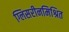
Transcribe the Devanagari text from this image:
ग्लिसरीनमिश्रित